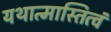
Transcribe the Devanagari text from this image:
यथात्मास्तित्वं